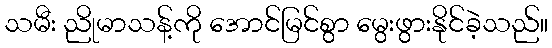
သမီး ညိုမာသန့်ကို အောင်မြင်စွာ မွေးဖွားနိုင်ခဲ့သည်။